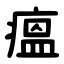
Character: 瘟